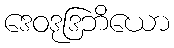
ဒေဝဒုဒြဘိယော